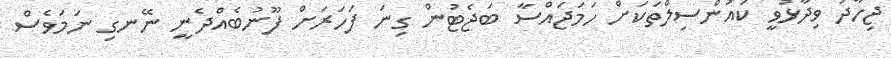
ޖިހާދު ވިދާޅުވީ ކައުންސިލްތަަކަށް ހަމަޖައްސާ ބަޖެޓުން ގިނަ ފަހަރަށް ފޫނުބެއްދެނީ ނޭނގި ނަމަވެސް